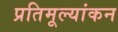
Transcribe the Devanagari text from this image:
प्रतिमूल्यांकन